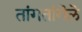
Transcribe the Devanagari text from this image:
तांगतांगॆलॆ